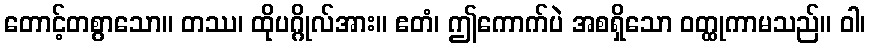
တောင့်တစွာသော။ တဿ၊ ထိုပဂ္ဂိုလ်အား။ ဧတံ၊ ဤကောက်ပဲ အစရှိသော ဝတ္ထုကာမသည်။ ဝါ၊